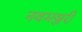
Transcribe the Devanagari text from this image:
नवमञ्जरी